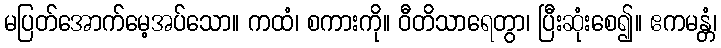
မပြတ်အောက်မေ့အပ်သော။ ကထံ၊ စကားကို။ ဝီတိသာရေတွာ၊ ပြီးဆုံးစေ၍။ ဧကမန္တံ၊